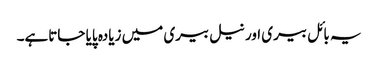
یہ بائل بیری اور نیل بیری میں زیادہ پایا جاتاہے۔